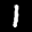
Label: 1